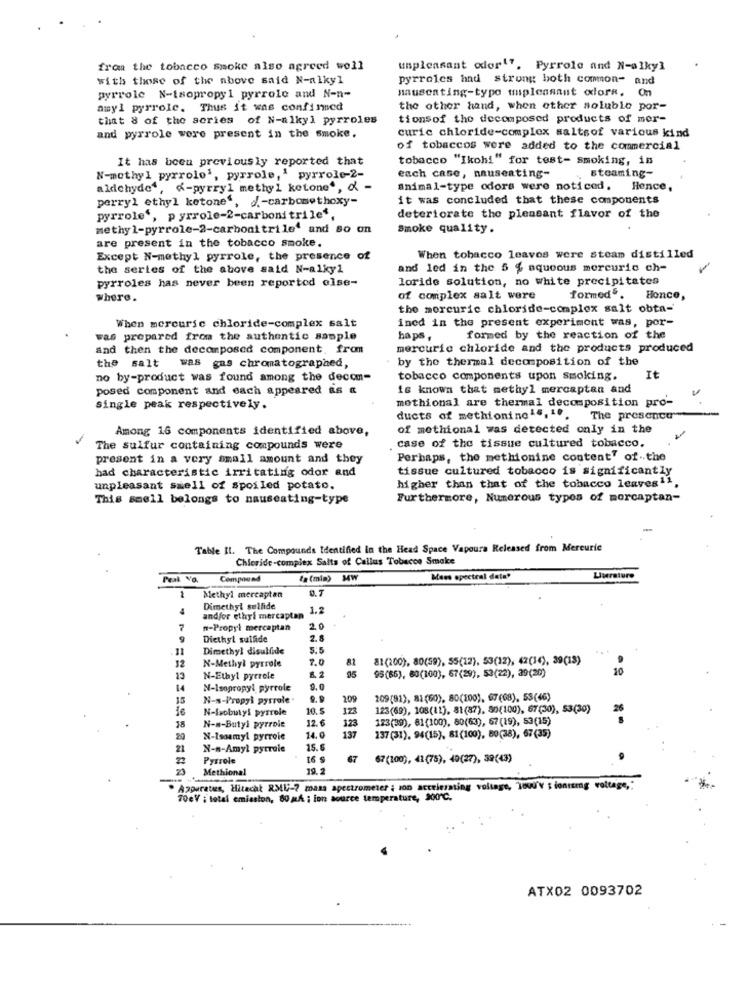
from the tobacco smoke also agreed well
unpleasant odor ". Pyrrole and N-alkyl
with those of the above said N-alkyl
pyrroles had strung both common- and
mauseating-type mipleasant odore. On
pyrrole N-isopropyl pyrrole and N-n-
amyl pyrrole. Thus it was confined
the other hand, when other soluble por-
that 8 of the series of N-alkyl pyrroles
tionsof the decomposed products of mer-
curic chloride-complex saltsof various kind
and pyrrole were present in the smoke.
of tobaccos were added to the commercial
It has been previously reported that
tobacco "Ikohi" for test- smoking, in
each case, nauseating-
N-methyl pyrrolo', pyrrole,' pyrrole-2-
steaming-
aldchyde‘, K-pyrryl methyl ketone *, d -
animal-type odors were noticed. Hence,
perryl ethyl ketone', d .- carbomethoxy-
it was concluded that these components
pyrrole', pyrrole-2-carbonitrile',
deteriorate the pleasant flavor of the
methyl-pyrrole-2-carbonitrile' and so on
Smoke quality.
are present in the tobacco smoke.
Except N-methyl pyrrole, the presence of
When tobacco leaves were steam distilled
the series of the above said N-alkyl
and led in the 5 % aqueous mercurio ch-
pyrroles has never been reported else-
loride solution, no white precipitates
Where.
of complex salt were
formed. Honce,
the morcurie chloride-complex salt obta-
When mercuric chloride-complex salt
ined in the present experiment was, por-
was prepared from the authentic sample
haps,
formed by the reaction of the
and then the decomposed component. from
mercurio chloride and the products produced
by the thermal decomposition of the
the salt
was gas chromatographed,
no by-product was found among the decom-
tobacco components upon smoking.
It
posed component and each appeared as &
is known that methyl mercaptan and
methional are thermal decomposition pro-
single peak respectively.
ducts of methionine 16, 10.
The presence
Among 16 components identified above,
of methional was detected only in the
The sulfur containing compounds were
case of the tissue cultured tobacco.
present in a very small amount and they
Perhaps, the methionine content" of-the
had characteristic irritating odor and
tissue cultured tobacco is significantly
higher than that of the tobacco leaves11,
unpleasant smell of spoiled potato.
This smell belongs to nauseating-type
Furthermore, Numerous types of morcaptan-
Table Il. The Compounds Identified in the Head Space Vapoura Released from Mereuric
Chloride-complex Salts of Callus Tobacco Smake
Compound
ta (min) W
Mens spectral data*
Llurature
0.7
1
Methyl mercaptan
4
Dimethyl sulfide
1.2
andfor ethyl mercaptan
7
n-Propyl mercaptan
2.0
9
Diethyl sulfide
2.0
Dimethyl disulfide
5:5
12
N-Methyl pyrrole
7.0
81(200), 80(59), 55(12), 53(12), 42(14), 39(13)
6 2
95
10
13
N-Ethyl pyrrole
95(86), 60(100), 67(29), 53(22), 39(20)
14
N-Isopropyl pyrrole
9.0
35
N-s-Propyl pysrole'
209
209(81), 81(60), 80(200), 67(68), 53(46)
N-Isobutyl pyrrole
10.5
123
123(69), 108(11), 81(87), 80(100), 67(30), 53(30)
26
12.6
123(39), 81(100), 80(63), 67(19), 53(15)
N-#-Butyl pyrrole
123
20
N-Isoamyl pyrroie
14.0
137
137(31). 94(15), 81(100), 80(38), 67(35)
21
N-n-Amyl pytrale
15. 6
22
Pyrrole
16 $
67
67(100), 41(78), 40(27), 39(43)
Methional
19.2
Apparatus, Hitacht RMU-7 mass spectrometer ; ion accelerating voltage, Toud'y ; ionicing voltage ,:
70eV ; total emission, 80 a/ ; ion source temperature, 200℃.
ATX02 0093702